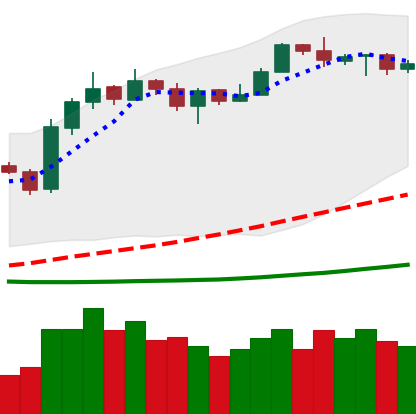
Ticker: LTC-USD
Chart end date: 2019-03-22
Forward return: 4.058%
Label: up_3_5